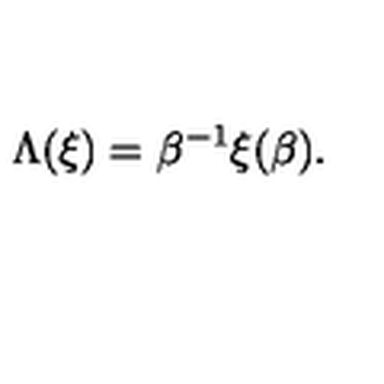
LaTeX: \Lambda ( \xi ) = \beta ^ { - 1 } \xi ( \beta ) .